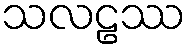
သလဠဿ